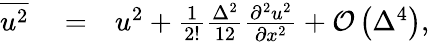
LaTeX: \begin{array}{rlr}{\overline{{{u^{2}}}}}&{{}=}&{u^{2}+\frac{1}{2!}\frac{\Delta^{2}}{12}\frac{\partial^{2}u^{2}}{\partial x^{2}}+\mathcal{O}\left(\Delta^{4}\right),}\end{array}